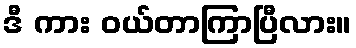
ဒီ ကား ဝယ်တာကြာပြီလား။